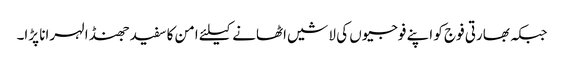
جبکہ بھارتی فوج کو اپنے فوجیوں کی لاشیں اٹھانے کیلئے امن کا سفید جھنڈا لہرانا پڑا۔